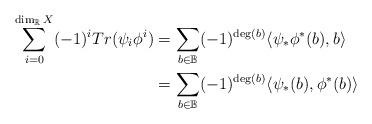
LaTeX: \begin{align*}\sum_{i=0}^{\dim_{\mathbb{R}}X} (-1)^i Tr (\psi_i \phi^i ) &= \sum_{b \in \mathbb{B}} (-1)^{\deg(b)} \langle\psi_* \phi^*(b) , b\rangle\\&= \sum_{b \in \mathbb{B}} (-1)^{\deg(b)} \langle\psi_* (b ), \phi^*(b)\rangle\end{align*}